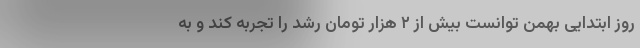
روز ابتدایی بهمن توانست بیش از ۲ هزار تومان رشد را تجربه کند و به